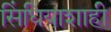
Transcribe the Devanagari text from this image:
सिंधियाशाही